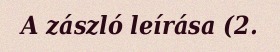
A zászló leírása (2.